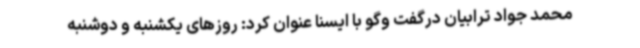
محمد جواد ترابیان درگفت وگو با ایسنا عنوان کرد: روزهای یکشنبه و دوشنبه